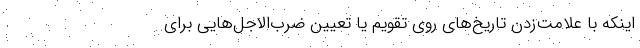
اینکه با علامت‌زدن تاریخ‌های روی تقویم یا تعیین ضرب‌الاجل‌هایی برای